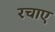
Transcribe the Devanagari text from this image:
रचाए